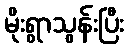
မိုးရွာသွန်းပြီး